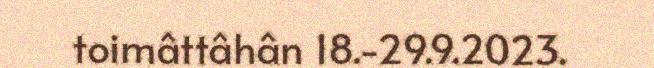
toimâttâhân 18.-29.9.2023.